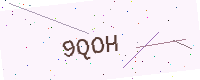
Text: 9QOH